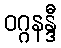
ဝဂ္ဂနန္ဒီ